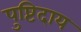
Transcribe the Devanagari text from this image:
पुष्टिदाय